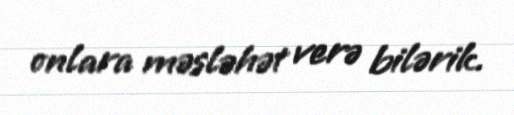
onlara məsləhət verə bilərik.